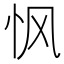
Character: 𮲂